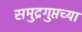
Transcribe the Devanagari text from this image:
समुद्रगुप्तच्या